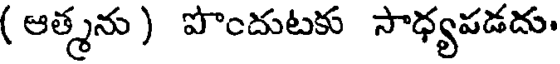
( ఆత్మను ) పొందుటకు సాధ్యపడదు